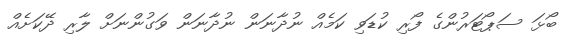
ބޯޅަ ސަޕޯޓަރުންގެ ފޯރި ކުޑަވި ކަމެއް ނުދާނަަން ނުދާނަން ވަގުންނަށް ލާރި ދޭކަށެއް